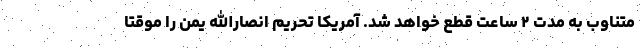
متناوب به مدت ٢ ساعت قطع خواهد شد. آمریکا تحریم انصارالله یمن را موقتا